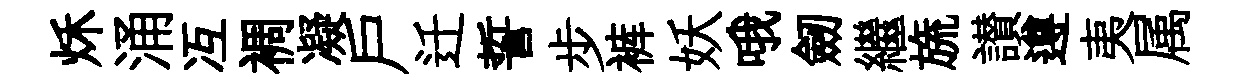
秌涌冱裯凝戸迁誓步裤妖哦劒繼旒讃遵夷属